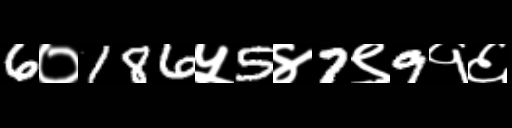
Text: 6०186५5४7९9१६